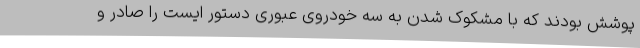
پوشش بودند که با مشکوک شدن به سه خودروی عبوری دستور ایست را صادر و